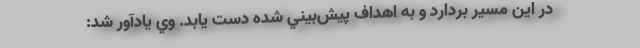
در اين مسير بردارد و به اهداف پيش‌بيني شده دست يابد. وي يادآور شد: